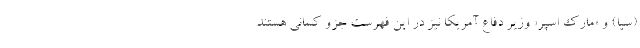
(سیا) و «مارک اسپر» وزیر دفاع آمریکا نیز در این فهرست جزو کسانی هستند